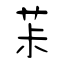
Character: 茮